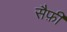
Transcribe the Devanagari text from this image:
सैफ़ी